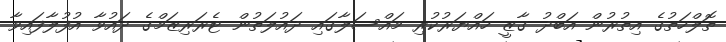
ތޮލްހަތުގެ އިތުރުން އަބްދު ގާޒީ ހައްޔަރުކުރި މައްސަލާގައި ދައުލަތުން ޓެރަރިޒަމްގެ ދައުވާ އުފުލާފައިވާ